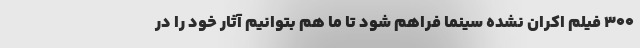
۳۰۰ فیلم اکران نشده سینما فراهم شود تا ما هم بتوانیم آثار خود را در